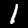
Digit: 1